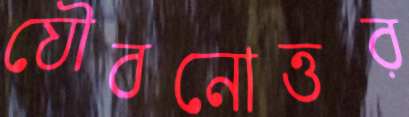
যৌবনোত্তর